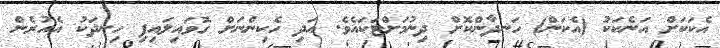
އެކަކަށް އަނެކަކު (އެކަން) ހަނދާންކޮށް ދިނުމަށްޓަކައެވެ. އަދި ހެކިންނަށް ގޮވައިލައިފި ހިނދަކު އެއުރެން